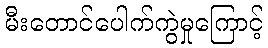
မီးတောင်ပေါက်ကွဲမှုကြောင့်